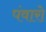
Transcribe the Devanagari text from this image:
पंवारो